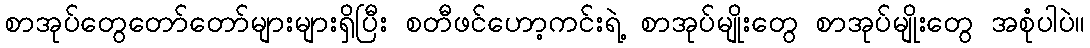
စာအုပ်တွေတော်တော်များများရှိပြီး စတီဖင်ဟော့ကင်းရဲ့ စာအုပ်မျိုးတွေ စာအုပ်မျိုးတွေ အစုံပါပဲ။